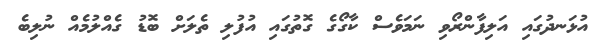
އުޅަނދުގައި އަލިފާންރޯވި ނަމަވެސް ކާގޯގެ ގޮތުގައި އުފުލި ތެލަށް ބޮޑު ގެއްލުމެއް ނުލިބެ